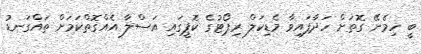
ބީ ހިމެނޭ ގޮތަށް ހަދާފައިވާ މެޑިކަލް ރިޕޯޓުގެ ކޮޕީގައި އަސްލާ އެއްގޮތްކަމަށް ތައްގަނޑު